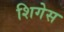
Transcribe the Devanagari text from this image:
शिगेस